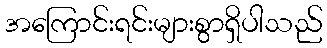
အကြောင်းရင်းများစွာရှိပါသည်